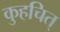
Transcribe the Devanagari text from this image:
कुहचित्